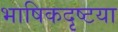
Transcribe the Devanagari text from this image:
भाषिकदृष्टया